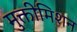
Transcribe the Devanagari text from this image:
मुक्तीमिशन